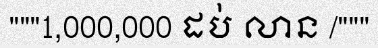
"""1,000,000 ដប់ លាន /"""